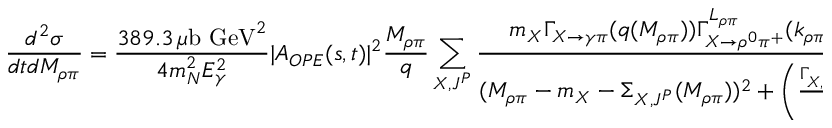
{ \frac { d ^ { 2 } \sigma } { d t d M _ { \rho \pi } } } = { \frac { 3 8 9 . 3 \, \mu \mathrm { b ~ G e V } ^ { 2 } } { 4 m _ { N } ^ { 2 } E _ { \gamma } ^ { 2 } } } | A _ { O P E } ( s , t ) | ^ { 2 } { \frac { M _ { \rho \pi } } { q } } \sum _ { X , J ^ { P } } { \frac { m _ { X } \Gamma _ { X \to \gamma \pi } ( q ( M _ { \rho \pi } ) ) \Gamma _ { X \to \rho ^ { 0 } \pi ^ { + } } ^ { L _ { \rho \pi } } ( k _ { \rho \pi } ( M _ { \rho \pi } ) ) } { ( M _ { \rho \pi } - m _ { X } - \Sigma _ { X , J ^ { P } } ( M _ { \rho \pi } ) ) ^ { 2 } + \left( { \frac { \Gamma _ { X , J ^ { P } } ( M _ { \rho \pi } ) } { 2 } } \right) ^ { 2 } } } .